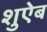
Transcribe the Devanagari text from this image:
शुऐब